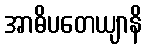
အာဓိပတေယျာနိ